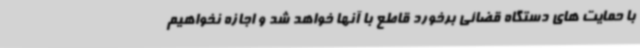
با حمایت های دستگاه قضائی برخورد قاطع با آنها خواهد شد و اجازه نخواهیم